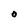
Character: o